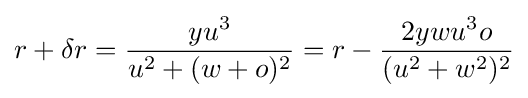
r+\delta r={\frac {yu^{3}}{u^{2}+(w+o)^{2}}}=r-{\frac {2ywu^{3}o}{(u^{2}+w^{2})^{2}}}